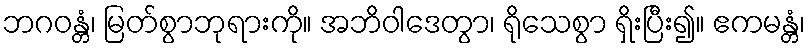
ဘဂဝန္တံ၊ မြတ်စွာဘုရားကို။ အဘိဝါဒေတွာ၊ ရိုသေစွာ ရှိးပြီး၍။ ဧကမန္တံ၊